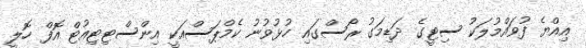
އިއްޔެ ފުވައްމުލަކު ސިޓީގެ ދަޑިމަގު ރޯސްގައި ހުޅުވުނު ކެމްޕަސްއަކީ އިންސްޓިޓިއުޓް އޮފް ހޮލީ